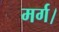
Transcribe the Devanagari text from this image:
मर्ग।